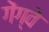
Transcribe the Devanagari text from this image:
गेंग्वे